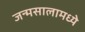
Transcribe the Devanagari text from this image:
जन्मसालामध्ये